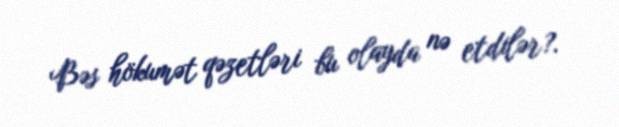
Bəs hökumət qəzetləri bu olayda nə etdilər?.